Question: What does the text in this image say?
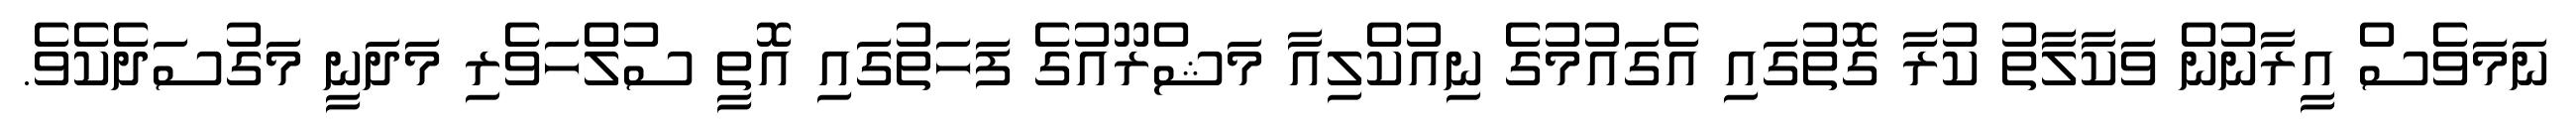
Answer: ނަމަވެސް އީރާނުން ވަކާލާތު ކުރާ ގޮތުގައި އެގައުމުގެ ނިއުކްލިއާ މަޝްރޫއުގެ ފަހަތުގައި އޮތީ ސުލްހަވެރި މަދަނީ މަގުސަދެކެވެ.